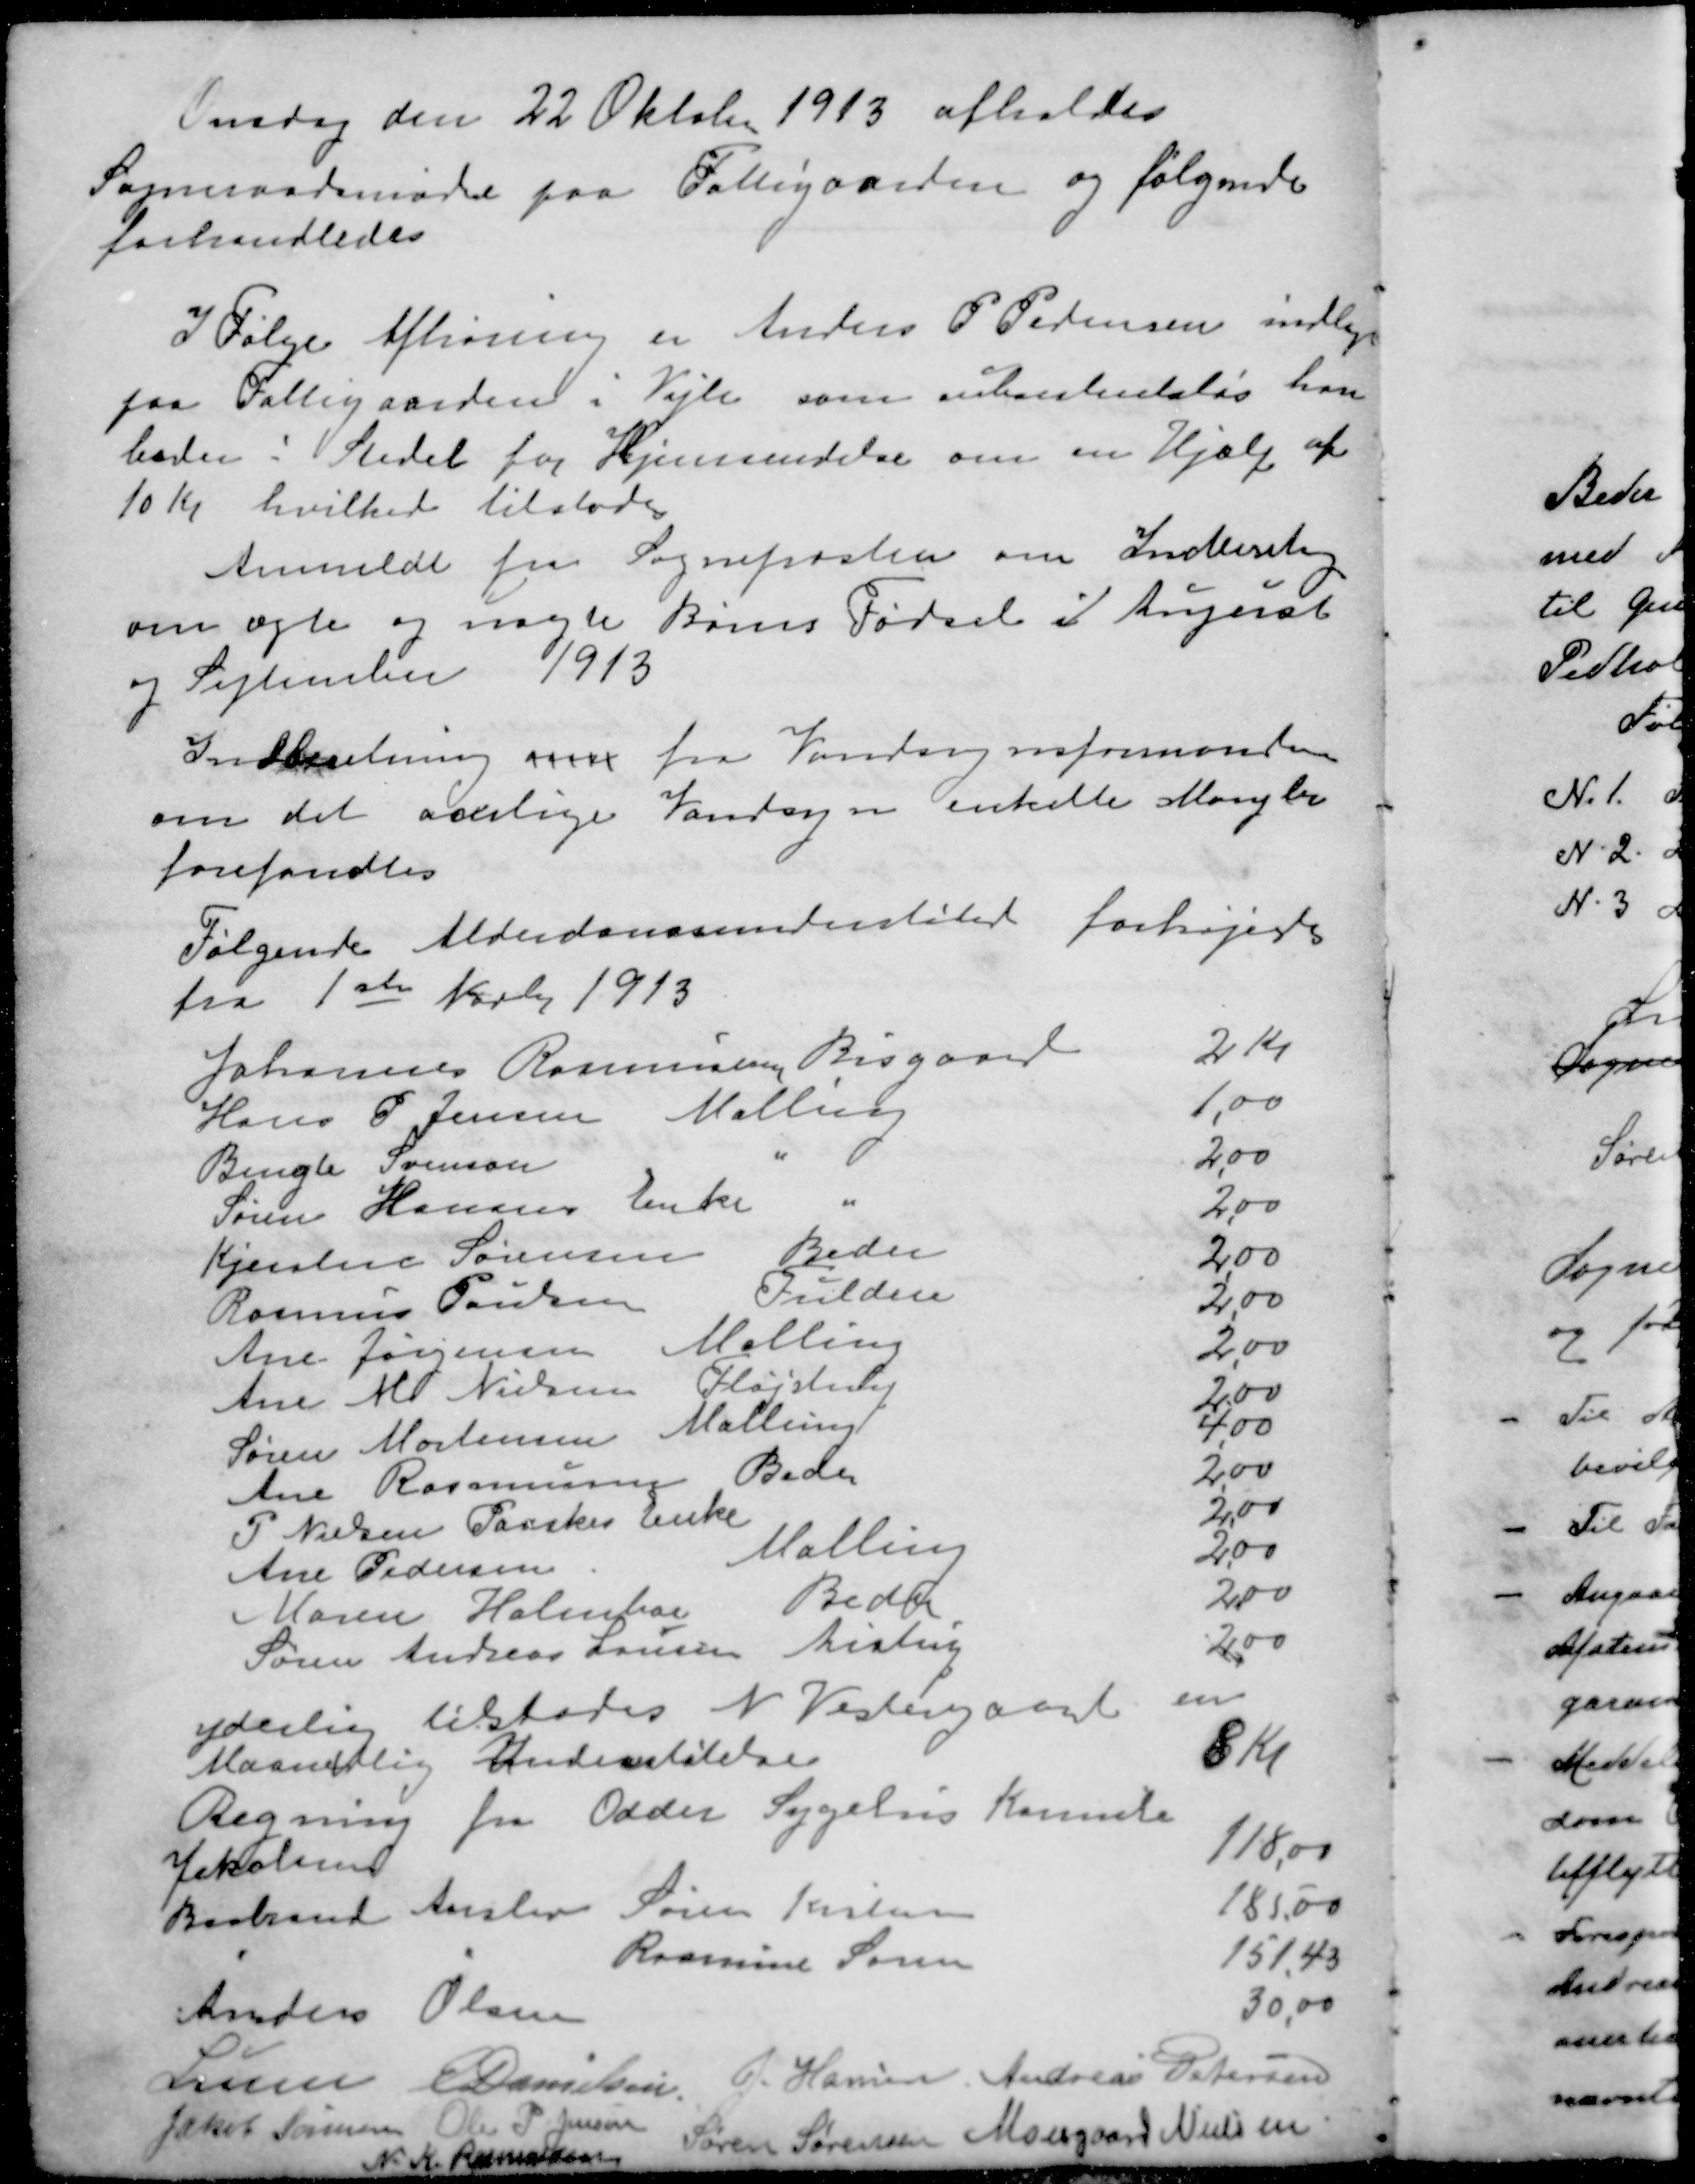
Transskription:
Onsdag den 22 Oktober 1913 afholdes
Sogneraadsmøde paa Fattigaarden og følgende
forhandledes
I Følge Afhøring er Anders P Pedersen indlagt
paa Fattigaarden i Vejle som subsistensløs han
beder i Stedet for Hjemsendelse om en Hjælp af
10 Kr hvilket tilstodes
Anmeldt fra Sognepræsten om Indberetning
om ægte og uægte Børns Fødsel i August
og September 1913
Indberetning over fra Vandsynsformanden
om det aarlige Vandsyn enkelte Mangler
forefandtes
Følgende Alderdomsunderstøttede forhøjedes
fra 1ste Novb 1913
Johannes Rasmussen Bisgaard 2 Kr
Hans P. Jensen Malling 1,00
Bengte Sørensen 2,00
Søren Hansens Enke 2,00
Kjerstine Sørensen Beder 2,00
Rasmus Poulsen Fulden 2,00
Ane Jørgensen Malling 2,00
Ane M. Nielsen Fløjstrup 2,00
Søren Mortensen Malling 4,00
Ane Rasmussen Beder 2,00
P Nielsen Paaskes Enke 2,00
Ane Pedersen Malling 2,00
Maren Holmar Bede 2,00
Søren Andreas Hansen Aistrup 2,00
yderlig tilstodes N. Vestergaard en
Maanedlig Understøtelse 8 Kr
Regning fra Odder Sygehus Kamile
Jakobsen 118,00
Brabrand Aarslev Søren Kristensen 185,00
" " Rasmus Søren 151,43
Anders Olsen 30,00
Lunn
E Danielsen
J Hansen
Andreas Petersen
Jakob Sørensen
Ole P Jensen
Søren Sørensen
Moesgaard Nielsen
N K Rasmussen